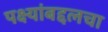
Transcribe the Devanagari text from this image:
पक्ष्यांबद्दलचा